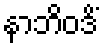
နာဘိဝဒိံ